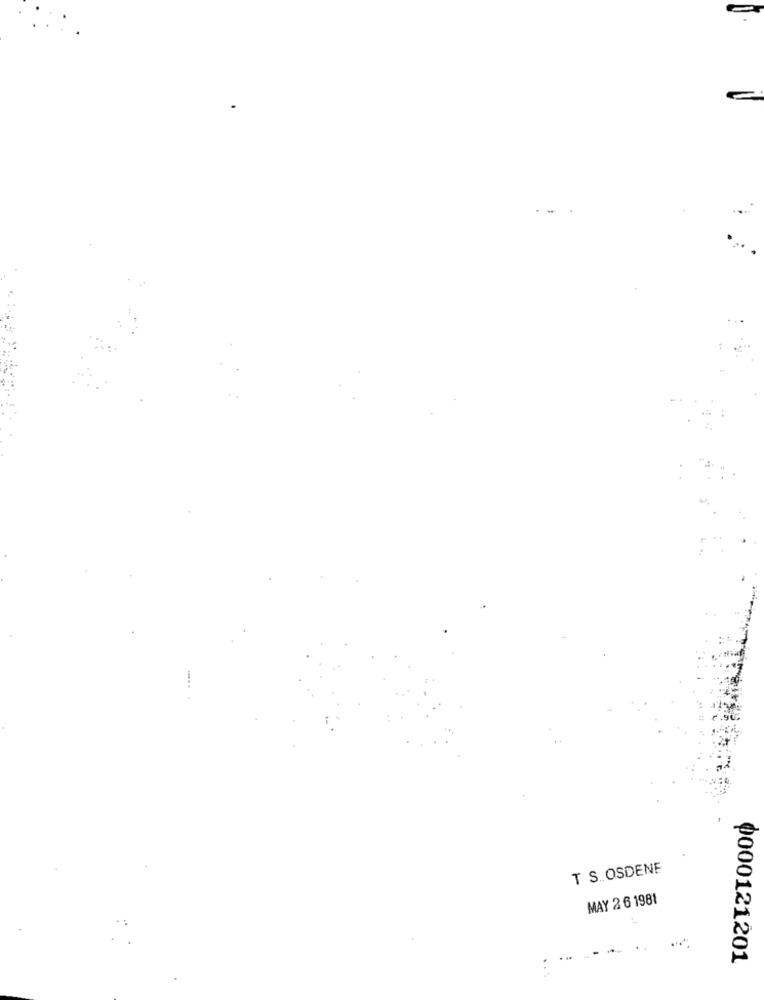
T S. OSDENE
MAY 2 6 1981
0000121201